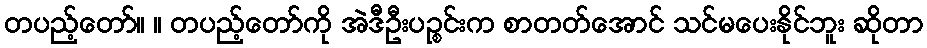
တပည့်တော်။ ။ တပည့်တော်ကို အဲဒီဦးပဉ္စင်းက စာတတ်အောင် သင်မပေးနိုင်ဘူး ဆိုတာ